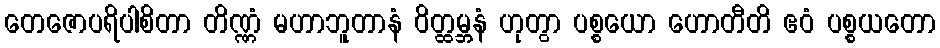
တေဇောပရိပါစိတာ တိဏ္ဏံ မဟာဘူတာနံ ဝိတ္ထမ္ဘနံ ဟုတွာ ပစ္စယော ဟောတီတိ ဧဝံ ပစ္စယတော